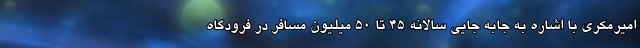
امیرمکری با اشاره به جابه جایی سالانه ۴۵ تا ۵۰ میلیون مسافر در فرودگاه